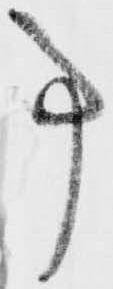
事